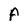
Character: F